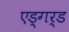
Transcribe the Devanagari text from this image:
एड्गर्ड